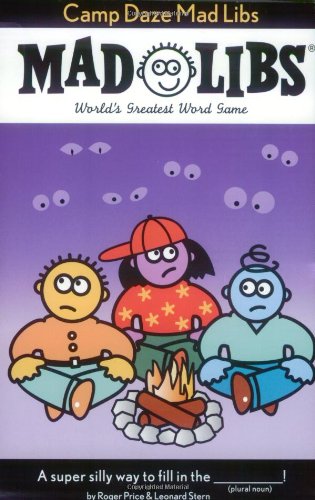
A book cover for Camp Daze Mad Libs; Roger Price; Children's Books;